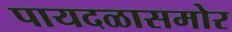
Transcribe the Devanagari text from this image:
पायदळासमोर